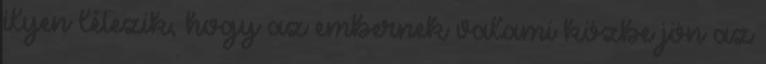
ilyen létezik, hogy az embernek valami közbe jön az